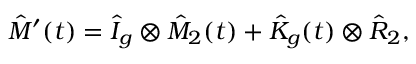
\hat { M } ^ { \prime } ( t ) = \hat { I } _ { g } \otimes \hat { M } _ { 2 } ( t ) + \hat { K } _ { g } ( t ) \otimes \hat { R } _ { 2 } ,